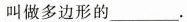
叫做多边形的____.